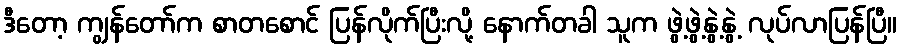
ဒီတော့ ကျွန်တော်က စာတစောင် ပြန်လိုက်ပြီးလို့ နောက်တခါ သူက ဖွဲ့ဖွဲ့နွဲ့နွဲ့ လုပ်လာပြန်ပြီ။